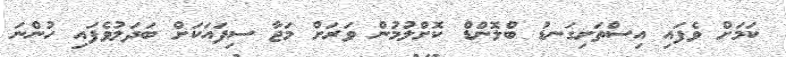
ކަމަށް ވެފައި އިސްތަށިގަނޑު ބްލޮންޑް ކޮށްލުމުން ވަރަށް މަޖާ ސިފައަކަށް ބަދަލުވެފައި ހުންނަ